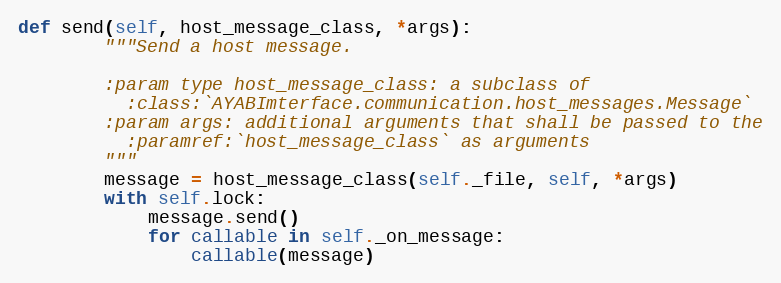
Language: Python
def send(self, host_message_class, *args):
        """Send a host message.

        :param type host_message_class: a subclass of
          :class:`AYABImterface.communication.host_messages.Message`
        :param args: additional arguments that shall be passed to the
          :paramref:`host_message_class` as arguments
        """
        message = host_message_class(self._file, self, *args)
        with self.lock:
            message.send()
            for callable in self._on_message:
                callable(message)